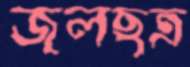
জলছত্র